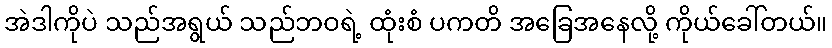
အဲဒါကိုပဲ သည်အရွယ် သည်ဘဝရဲ့ ထုံးစံ ပကတိ အခြေအနေလို့ ကိုယ်ခေါ်တယ်။